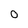
Character: 0